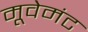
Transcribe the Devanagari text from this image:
मूवेमंट